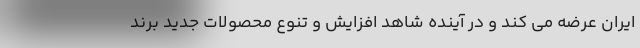
ایران عرضه می کند و در آینده شاهد افزایش و تنوع محصولات جدید برند